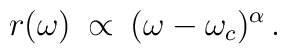
\:r(\omega ) \:\propto  \: (\omega - \omega _{c})^{\alpha } \,.\: